Etiology and epidemiology of plague
Disease focus: Plague
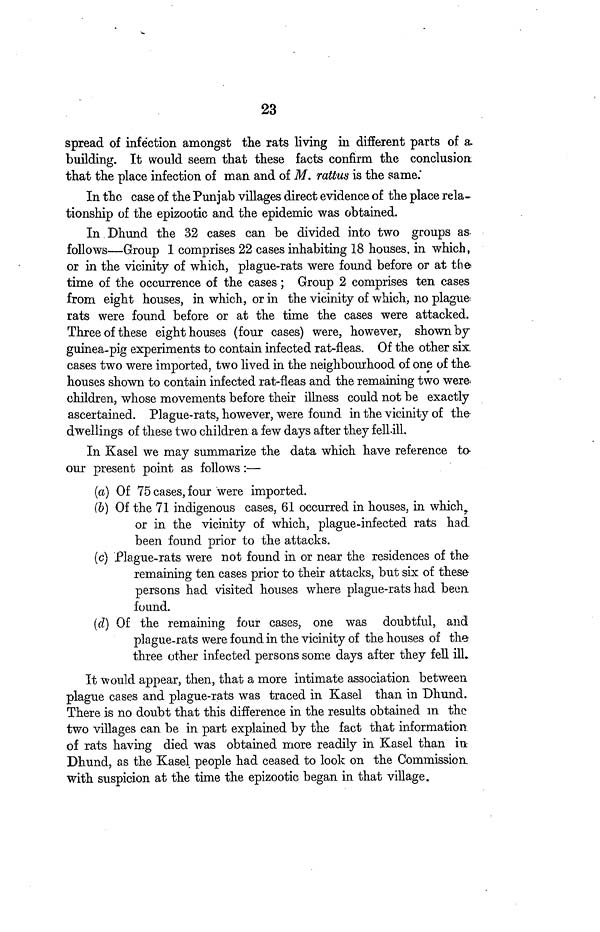
23
spread of infection amongst the rats living in different parts of a
building. It would seem that these facts confirm the conclusion
that the place infection of man and of M. rattus is the same.
In the case of the Punjab villages direct evidence of the place rela-
tionship of the epizootic and the epidemic was obtained.
In Dhund the 32 cases can be divided into two groups as
follows—Group 1 comprises 22 cases inhabiting 18 houses, in which,
or in the vicinity of which, plague-rats were found before or at the
time of the occurrence of the cases; Group 2 comprises ten cases
from eight houses, in which, or in the vicinity of which, no plague-
rats were found before or at the time the cases were attacked.
Three of these eight houses (four cases) were, however, shown by
guinea-pig experiments to contain infected rat-fleas. Of the other six
cases two were imported, two lived in the neighbourhood of one of the.
houses shown to contain infected rat-fleas and the remaining two were:
children, whose movements before their illness could not be exactly
ascertained. Plague-rats, however, were found in the vicinity of the-
dwellings of these two children a few days after they fell ill.
In Kasel we may summarize the data which have reference to-
our present point as follows:—
(a) Of 75 cases, four were imported.
(b) Of the 71 indigenous cases, 61 occurred in houses, in which,
or in the vicinity of which, plague-infected rats had
been found prior to the attacks.
(c) Plague-rats were not found in or near the residences of the
remaining ten cases prior to their attacks, but six of these
persons had visited houses where plague-rats had been
found.
(d) Of the remaining four cases, one was doubtful, and
plague-rats were found in the vicinity of the houses of the
three other infected persons some days after they fell ill.
It would appear, then, that a more intimate association between
plague cases and plague-rats was traced in Kasel than in Dhund.
There is no doubt that this difference in the results obtained in the
two villages can be in part explained by the fact that information
of rats having died was obtained more readily in Kasel than in
Dhund, as the Kasel people had ceased to look on the Commission,
with suspicion at the time the epizootic began in that village.